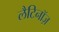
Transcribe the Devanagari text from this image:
लैटिनॉज़